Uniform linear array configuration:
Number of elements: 32
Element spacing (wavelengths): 1
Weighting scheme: uniform
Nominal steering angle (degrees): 60
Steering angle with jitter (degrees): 60.213
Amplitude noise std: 0.05
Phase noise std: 0.05

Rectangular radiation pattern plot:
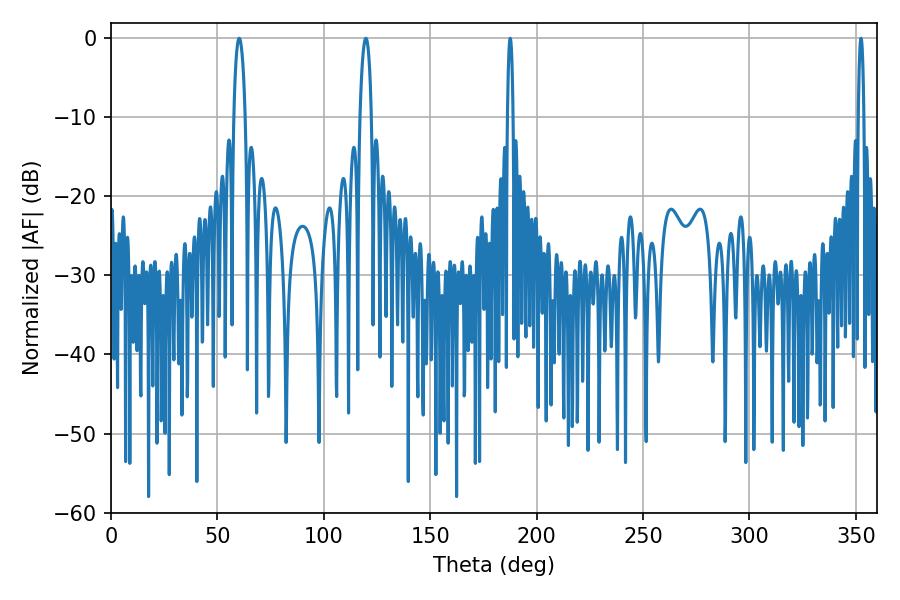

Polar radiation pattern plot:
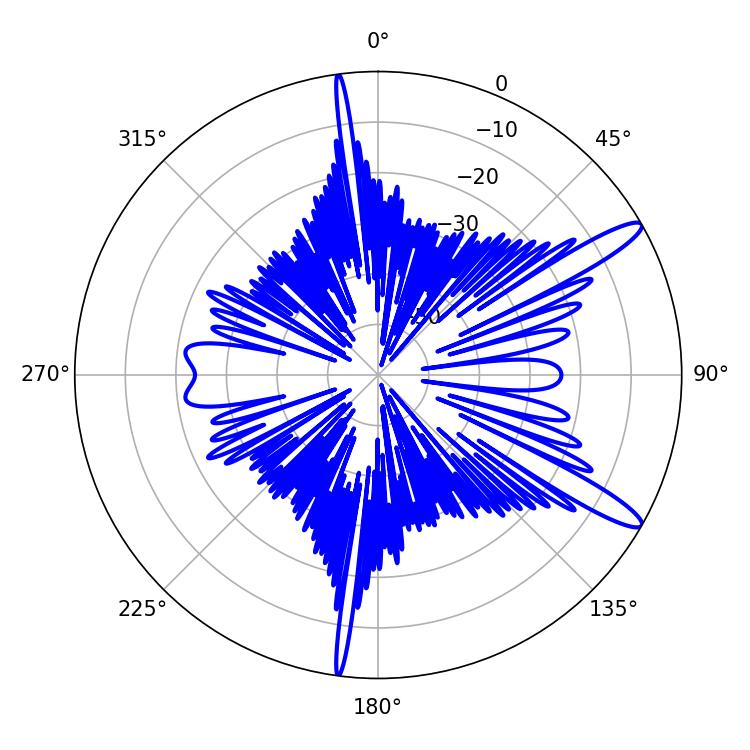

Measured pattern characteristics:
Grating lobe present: TRUE
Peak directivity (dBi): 13.139
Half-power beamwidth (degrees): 1.44
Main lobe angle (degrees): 187.56